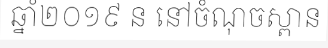
ឆ្នាំ២០១៩ ន នៅចំណុចស្ពាន